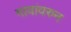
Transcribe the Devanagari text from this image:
गावांवरुन